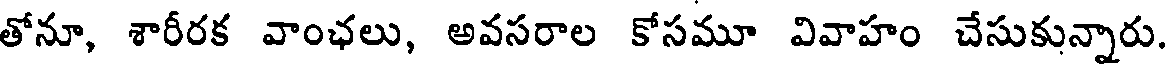
తోనూ, శారీరక వాంఛలు, అవసరాల కోసమూ వివాహం చేసుకున్నారు.